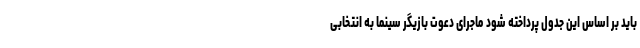
باید بر اساس این جدول پرداخته شود ماجرای دعوت بازیگر سینما به انتخابی